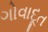
ગોવાદૂત